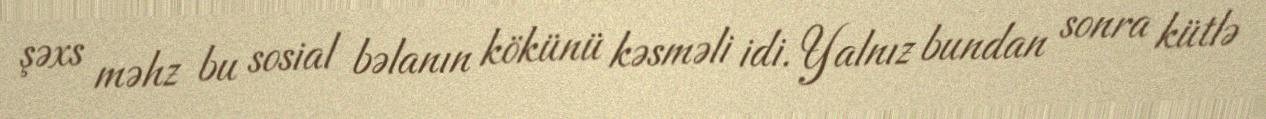
şəxs məhz bu sosial bəlanın kökünü kəsməli idi. Yalnız bundan sonra kütlə